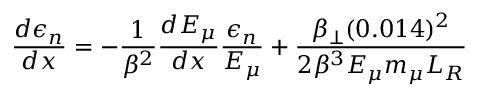
\frac { d \epsilon _ { n } } { d x } = - \frac { 1 } { \beta ^ { 2 } } \frac { d E _ { \mu } } { d x } \frac { \epsilon _ { n } } { E _ { \mu } } + \frac { \beta _ { \perp } ( 0 . 0 1 4 ) ^ { 2 } } { 2 \beta ^ { 3 } E _ { \mu } m _ { \mu } L _ { R } } \,